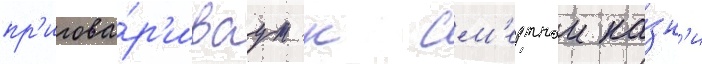
пр'игова́р'иваут к см'ертнои ка́зн'и